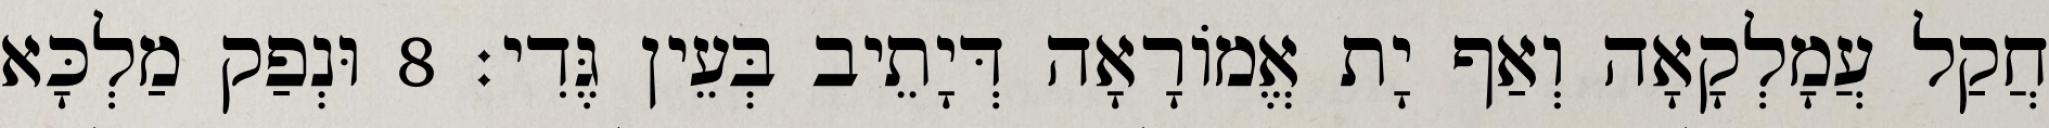
חֲקַל עֲמָלְקָאָה וְאַף יָת אֱמוֹרָאָה דְּיָתֵיב בְּעֵין גֶּדִי׃ 8 וּנְפַק מַלְכָּא